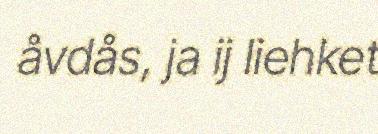
åvdås, ja ij liehket